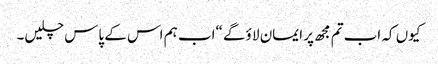
کیوں کہ اب تم مجھ پر ایمان لا ؤگے “اب ہم اس کے پاس چلیں۔